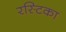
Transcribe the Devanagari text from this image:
रस्टिका